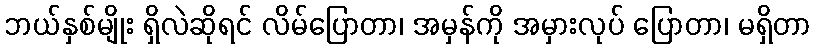
ဘယ်နှစ်မျိုး ရှိလဲဆိုရင် လိမ်ပြောတာ၊ အမှန်ကို အမှားလုပ် ပြောတာ၊ မရှိတာ